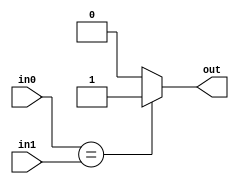
module comp_eq_20(
    input [19:0] in0,
    input [19:0] in1,
    output out
    );
    
    assign out = (in0 == in1) ? 1 : 0;
endmodule